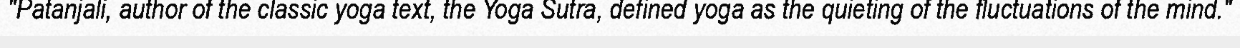
"Patanjali, author of the classic yoga text, the Yoga Sutra, defined yoga as the quieting of the fluctuations of the mind."